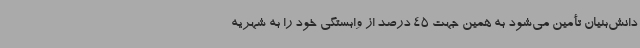
دانش‌بنیان تأمین می‌شود به همین جهت 45 درصد از وابستگی خود را به شهریه